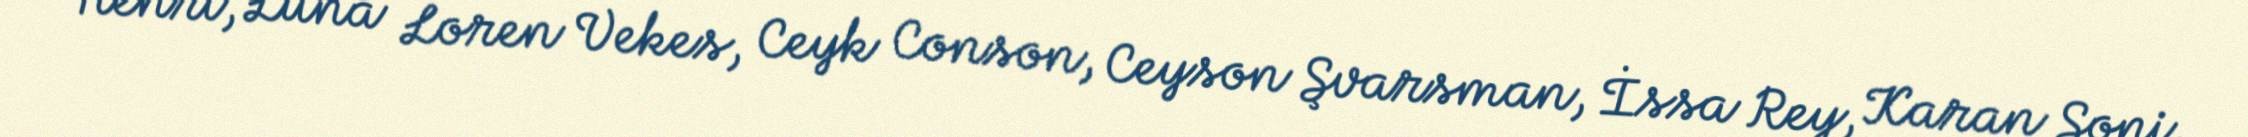
Henri, Luna Loren Vekes, Ceyk Conson, Ceyson Şvarsman, İssa Rey, Karan Soni,